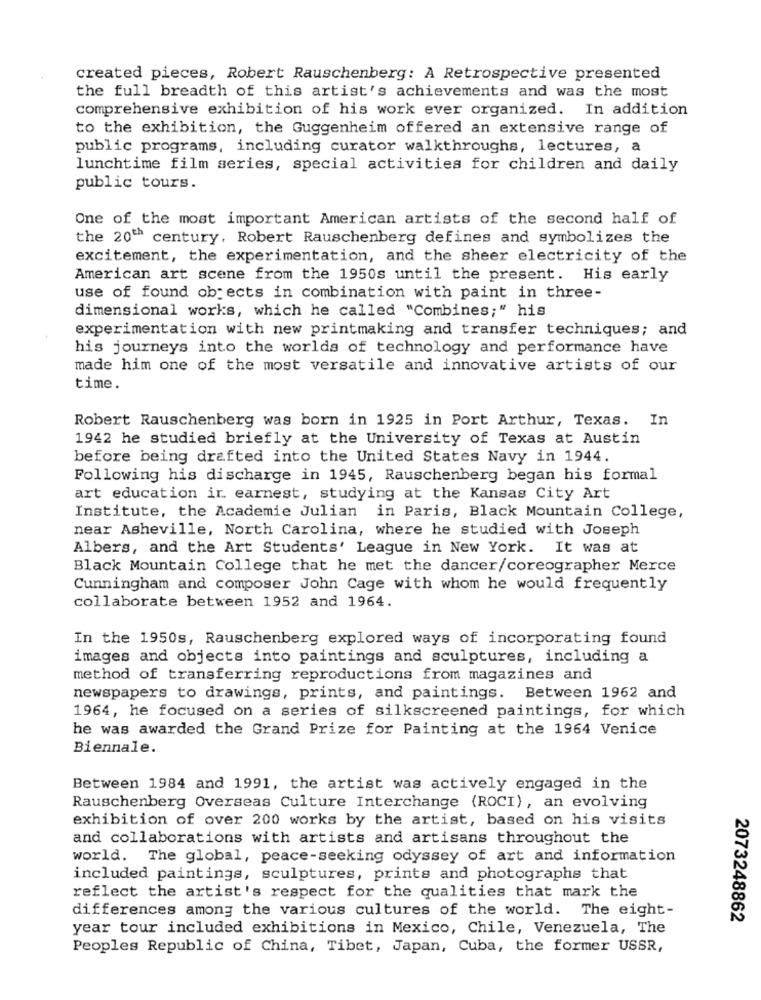
created pieces, Robert Rauschenberg: A Retrospective presented
the full breadth of this artist's achievements and was the most
comprehensive exhibition of his work ever organized. In addition
to the exhibition, the Guggenheim offered an extensive range of
public programs, including curator walkthroughs, lectures, a
lunchtime film series, special activities for children and daily
public tours.
One of the most important American artists of the second half of
the 20th century, Robert Rauschenberg defines and symbolizes the
excitement, the experimentation, and the sheer electricity of the
American art scene from the 1950s until the present. His early
use of found objects in combination with paint in three-
dimensional works, which he called "Combines;" his
experimentation with new printmaking and transfer techniques; and
his journeys into the worlds of technology and performance have
made him one of the most versatile and innovative artists of our
time.
Robert Rauschenberg was born in 1925 in Port Arthur, Texas. In
1942 he studied briefly at the University of Texas at Austin
before being drafted into the United States Navy in 1944.
Following his discharge in 1945, Rauschenberg began his formal
art education ir earnest, studying at the Kansas City Art
Institute, the Academie Julian in Paris, Black Mountain College,
near Asheville, North Carolina, where he studied with Joseph
Albers, and the Art Students' League in New York. It was at
Black Mountain College that he met the dancer/coreographer Merce
Cunningham and composer John Cage with whom he would frequently
collaborate between 1952 and 1964.
In the 1950s, Rauschenberg explored ways of incorporating found
images and objects into paintings and sculptures, including a
method of transferring reproductions from magazines and
newspapers to drawings, prints, and paintings. Between 1962 and
1964, he focused on a series of silkscreened paintings, for which
he was awarded the Grand Prize for Painting at the 1964 Venice
Biennale.
Between 1984 and 1991, the artist was actively engaged in the
Rauschenberg Overseas Culture Interchange (ROCI), an evolving
exhibition of over 200 works by the artist, based on his visits
and collaborations with artists and artisans throughout the
world. The global, peace-seeking odyssey of art and information
included paintings, sculptures, prints and photographs that
reflect the artist's respect for the qualities that mark the
differences among the various cultures of the world. The eight-
2073248862
year tour included exhibitions in Mexico, Chile, Venezuela, The
Peoples Republic of China, Tibet, Japan, Cuba, the former USSR,